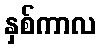
နှစ်ကာလ